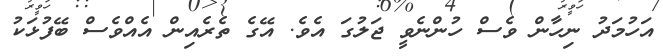
އަހުމަދު ނިހާން ވެސް ހުންނެވީ ޖަލުގަ އެވެ. އޭގެ ތެރެއިން އެއްވެސް ބޭފުޅަކު